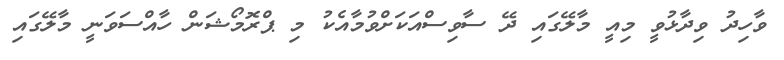
ވާހިދު ވިދާޅުވީ މިއީ މާލޭގައި ދޭ ސާވިސްއަަކަށްވުމާއެކު މި ޕްރޮމޯޝަން ހާއްސަވަނީ މާލޭގައި